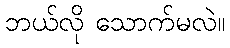
ဘယ်လို သောက်မလဲ။